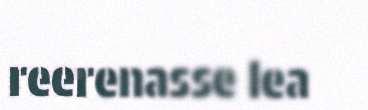
reerenasse lea